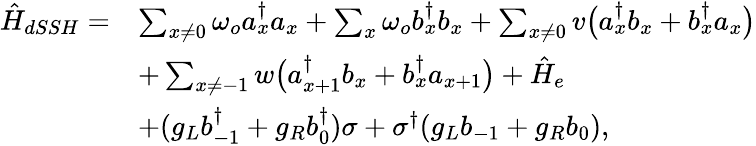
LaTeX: \begin{array}{rl}{\hat{H}_{dSSH}=}&{\sum_{x\ne 0}\omega_{o}a_{x}^{\dagger}a_{x}+\sum_{x}\omega_{o}b_{x}^{\dagger}b_{x}+\sum_{x\ne 0}v\big(a_{x}^{\dagger}b_{x}+b_{x}^{\dagger}a_{x}\big)}\\ &{+\sum_{x\ne-1}w\big(a_{x+1}^{\dagger}b_{x}+b_{x}^{\dagger}a_{x+1}\big)+\hat{H}_{e}}\\ &{+(g_{L}b_{-1}^{\dagger}+g_{R}b_{0}^{\dagger})\sigma+\sigma^{\dagger}(g_{L}b_{-1}+g_{R}b_{0}),}\end{array}